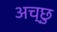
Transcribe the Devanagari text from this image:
अच्छु